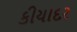
કીયાદર